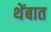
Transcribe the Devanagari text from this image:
थेंबात